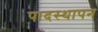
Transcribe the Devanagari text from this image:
पादस्थापन